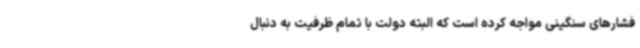
فشارهای سنگینی مواجه کرده است که البته دولت با تمام ظرفیت به دنبال